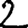
Digit: 2